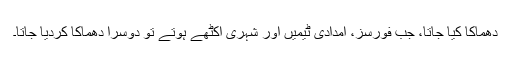
دھماکا کیا جاتا، جب فورسز، امدادی ٹیمیں اور شہری اکٹھے ہوتے تو دوسرا دھماکا کردیا جاتا۔